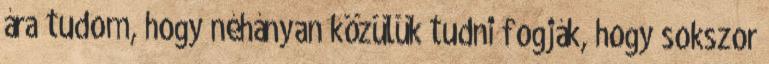
ára tudom, hogy néhányan közülük tudni fogják, hogy sokszor